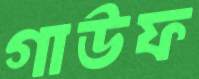
গাউফ